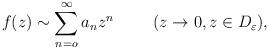
LaTeX: \begin{align*}f(z) \sim \sum _{n=o} ^{\infty } a_n z^n\hspace{1cm}(z\rightarrow 0, z\in D_{\varepsilon }),\end{align*}